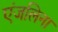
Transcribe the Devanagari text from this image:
एंजलिना